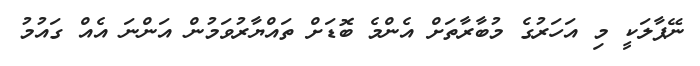
ނޭޕާލަކީ މި އަހަރުގެ މުބާރާތަށް އެންމެ ބޮޑަށް ތައްޔާރުވަމުން އަންނަ އެއް ގައުމު